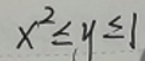
\[
x^{2} \leq y \leq 1
\]